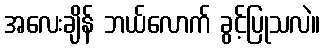
အလေးချိန် ဘယ်လောက် ခွင့်ပြုသလဲ။